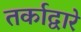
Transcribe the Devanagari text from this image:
तर्काद्वारे